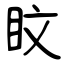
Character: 盿